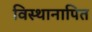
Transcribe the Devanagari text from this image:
विस्थानापित